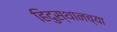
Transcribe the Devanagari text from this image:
हिदुस्थानच्या